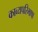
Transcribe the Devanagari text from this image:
काव्यपरिभाषा